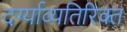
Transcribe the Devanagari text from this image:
दर्ग्याव्यतिरिक्त